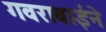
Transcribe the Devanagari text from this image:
गवराबाईने